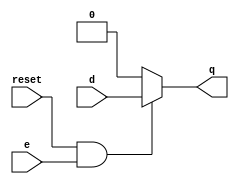
module d_latch(
	input d,
	input reset,
	input e,
	output q);

reg q;

always @(*)
begin
	if(reset && e)
		q <=d;
	else 
		q <= 0;
end

endmodule